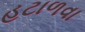
હટાળવા